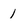
Character: l